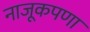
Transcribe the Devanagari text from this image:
नाजूकपणा